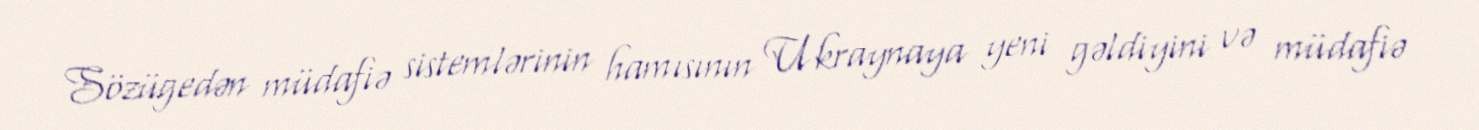
Sözügedən müdafiə sistemlərinin hamısının Ukraynaya yeni gəldiyini və müdafiə